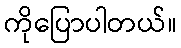
ကိုပြောပါတယ်။